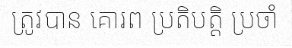
ត្រូវបាន គោរព ប្រតិបត្តិ ប្រចាំ